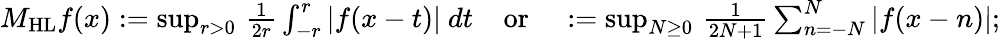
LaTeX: \begin{array}{r}{M_{\mathrm{HL}}f(x)\mathrel{\mathop:}=\operatorname*{sup}_{r>0}\, \frac{1}{2r}\int_{-r}^{r}|f(x-t)|\ dt\; \; \; \mathrm{~or~}\; \; \; \mathrel{\mathop:}=\operatorname*{sup}_{N\geq 0}\, \frac{1}{2N+1}\sum_{n=-N}^{N}|f(x-n)|;}\end{array}